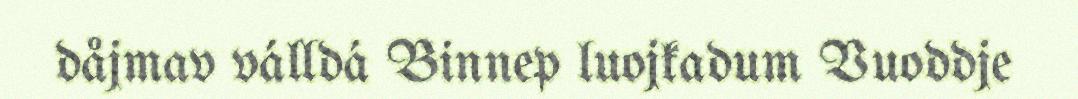
dåjmav válldá Binnep luojkadum Vuoddje